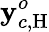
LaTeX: \mathbf{y}_{c,\mathrm{H}}^{o}